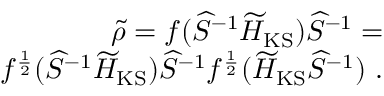
\begin{array} { r } { \widetilde \rho = f ( \widehat { S } ^ { - 1 } \widetilde { H } _ { \mathrm { K S } } ) \widehat { S } ^ { - 1 } = } \\ { f ^ { \frac { 1 } { 2 } } ( \widehat { S } ^ { - 1 } \widetilde { H } _ { \mathrm { K S } } ) \widehat { S } ^ { - 1 } f ^ { \frac { 1 } { 2 } } ( \widetilde { H } _ { \mathrm { K S } } \widehat { S } ^ { - 1 } ) ~ . } \end{array}